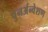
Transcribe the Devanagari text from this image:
पुनर्अन्वेशण